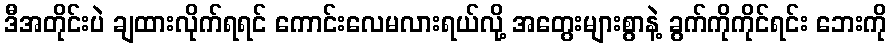
ဒီအတိုင်းပဲ ချထားလိုက်ရရင် ကောင်းလေမလားရယ်လို့ အတွေးများစွာနဲ့ ခွက်ကိုကိုင်ရင်း ဘေးကို